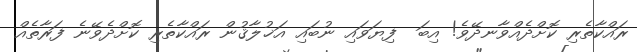
ރައްކާތެރި ކޮށްދެއްވާނދޭވެ! އިބަ  ފިޔަވައި ނުބައި އަޚުލާޤުން ރައްކާތެރި ކޮށްދެވޭނެ ފަރާތެއް